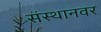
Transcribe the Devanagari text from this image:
संस्थानवर